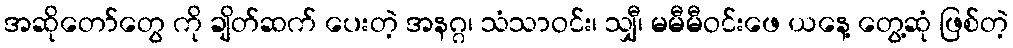
အဆိုတော်တွေ ကို ချိတ်ဆက် ပေးတဲ့ အနဂ္ဂ၊ သံသာဝင်း၊ သျှီ၊ မမီမီဝင်းဖေ ယနေ့ တွေ့ဆုံ ဖြစ်တဲ့